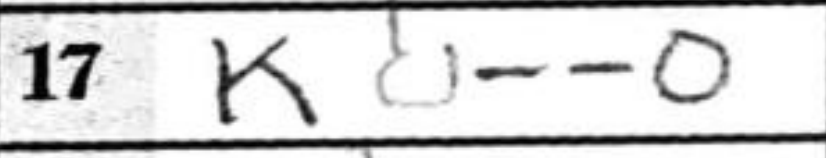
Transcription: KO--O